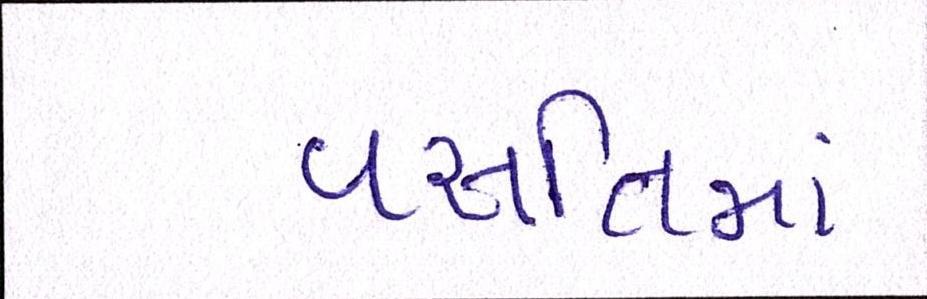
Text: વસતિમાં